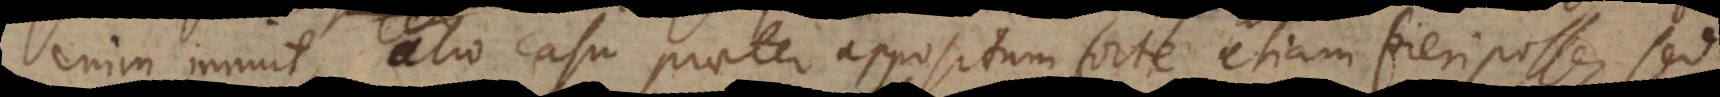
enim innuit, alio casu praeter appositum forte etiam fieri posse, sed